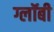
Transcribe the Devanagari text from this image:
ग्लॉबी